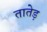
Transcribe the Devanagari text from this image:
तातेड़